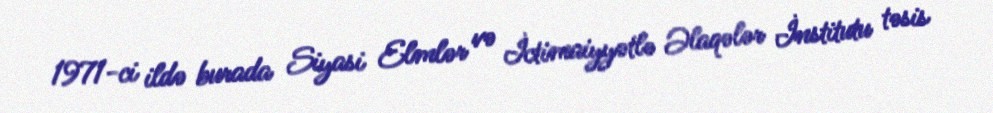
1971-ci ildə burada Siyasi Elmlər və İctimaiyyətlə Əlaqələr İnstitutu təsis